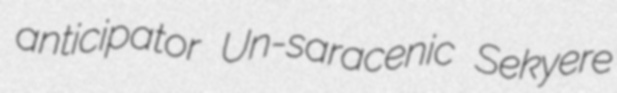
anticipator Un-saracenic Sekyere